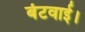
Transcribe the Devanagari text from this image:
बंटवाई।